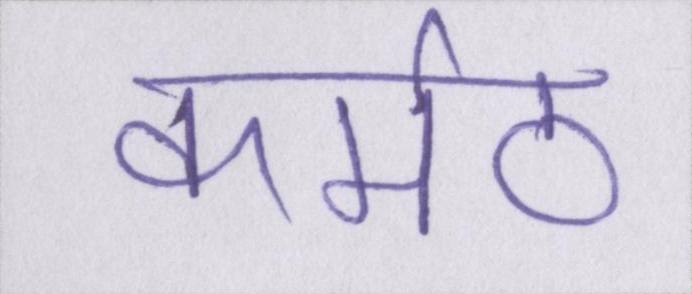
कर्मठ